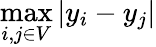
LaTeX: \operatorname*{max}_{i,j\in V}|y_{i}-y_{j}|